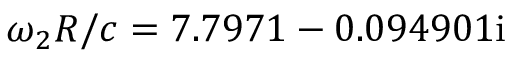
\omega _ { 2 } R / c = 7 . 7 9 7 1 - 0 . 0 9 4 9 0 1 \mathrm { i }